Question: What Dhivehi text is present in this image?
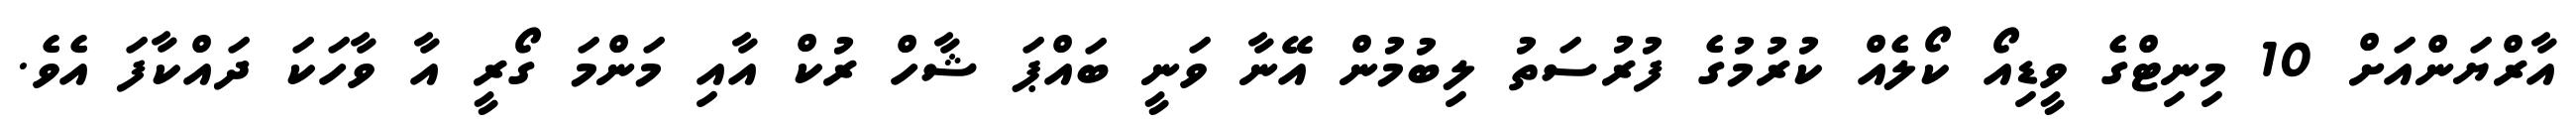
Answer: އާރްޔަންއަށް 10 މިނިޓްގެ ވީޑިއޯ ކޯލެއް ކުރުމުގެ ފުރުސަތު ލިބުމުން އޭނާ ވަނީ ބައްޕަ ޝާހް ރުކް އާއި މަންމަ ގޯރީ އާ ވާހަކަ ދައްކާފަ އެވެ.